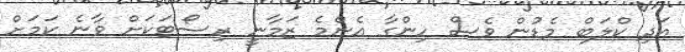
އަދި ކްލަބް މެޑުން ވެސް ހިންގާ އެންމެ ޒަމާނީ ރިސޯޓަކަށް ވާނެ ކަމަށް